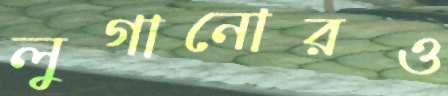
লুগানোরও